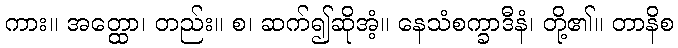
ကား။ အတ္ထော၊ တည်း။ စ၊ ဆက်၍ဆိုအံ့။ နေသံစက္ခာဒီနံ၊ တို့၏။ တာနိစ